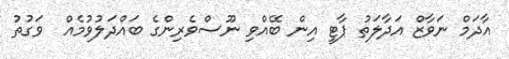
އާދަމް ނަވާޒް އަދާލަތު ޕާޓީ އިން ބޭއްވި ނޫސްވެރިންގެ ބައްދަލުވުމެއް  ވަގުތު